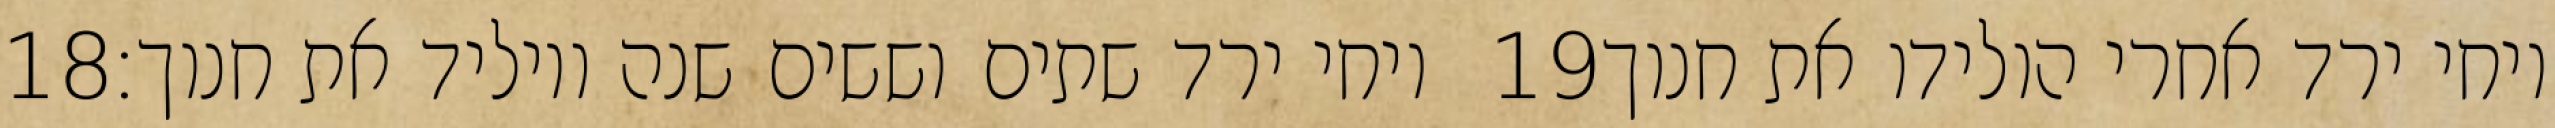
‎18‏ ויחי ירד שתים וששים שנה ויוליד את חנוך׃ ‎19‏ ויחי ירד אחרי הולידו את חנוך